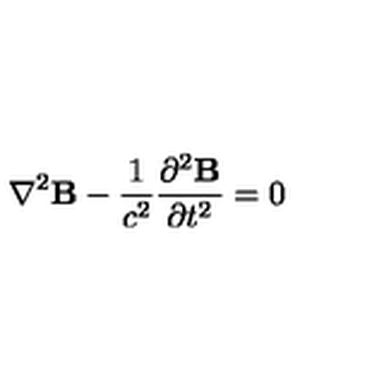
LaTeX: { \bf \nabla } ^ { 2 } { \bf B } - { \frac { 1 } { c ^ { 2 } } } { \frac { \partial ^ { 2 } { \bf B } } { \partial t ^ { 2 } } } = 0